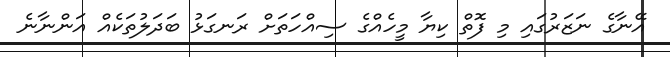
އޭނާގެ ނަޒަރުގައި މި ފޮތް ކިޔާ މީހެއްގެ ސިއްހަތަށް ރަނގަޅު ބަދަލުތަކެއް އަންނާނެ